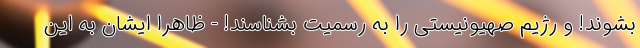
بشوند! و رژیم صهیونیستی را به رسمیت بشناسند! - ظاهرا ایشان به این